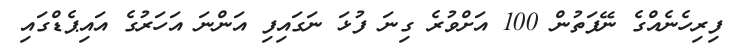
ފިރިހެނެއްގެ ނޭފަތުން 100 އަށްވުރެ ގިނަ ފުޅަ ނަގައިފި އަންނަ އަހަރުގެ އައިޕެޑްގައި